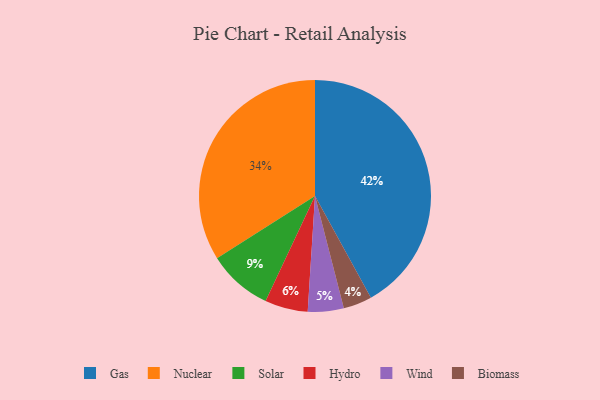
{"axis": {"x": "Category", "y": "Percentage"}, "legend": ["Biomass", "Gas", "Hydro", "Nuclear", "Solar", "Wind"], "data": [{"x": "Gas", "y": 42, "type": "Gas"}, {"x": "Solar", "y": 9, "type": "Solar"}, {"x": "Nuclear", "y": 34, "type": "Nuclear"}, {"x": "Wind", "y": 5, "type": "Wind"}, {"x": "Hydro", "y": 6, "type": "Hydro"}, {"x": "Biomass", "y": 4, "type": "Biomass"}]}